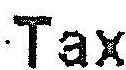
TAX